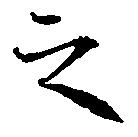
之